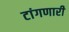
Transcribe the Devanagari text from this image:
टांगणारी